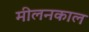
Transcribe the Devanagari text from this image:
मीलनकाल